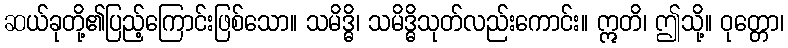
ဆယ်ခုတို့၏ပြည့်ကြောင်းဖြစ်သော။ သမိဒ္ဓိ၊ သမိဒ္ဓိသုတ်လည်းကောင်း။ ဣတိ၊ ဤသို့။ ဝုတ္တော၊